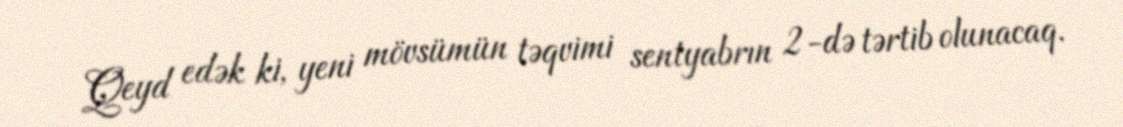
Qeyd edək ki, yeni mövsümün təqvimi sentyabrın 2-də tərtib olunacaq.